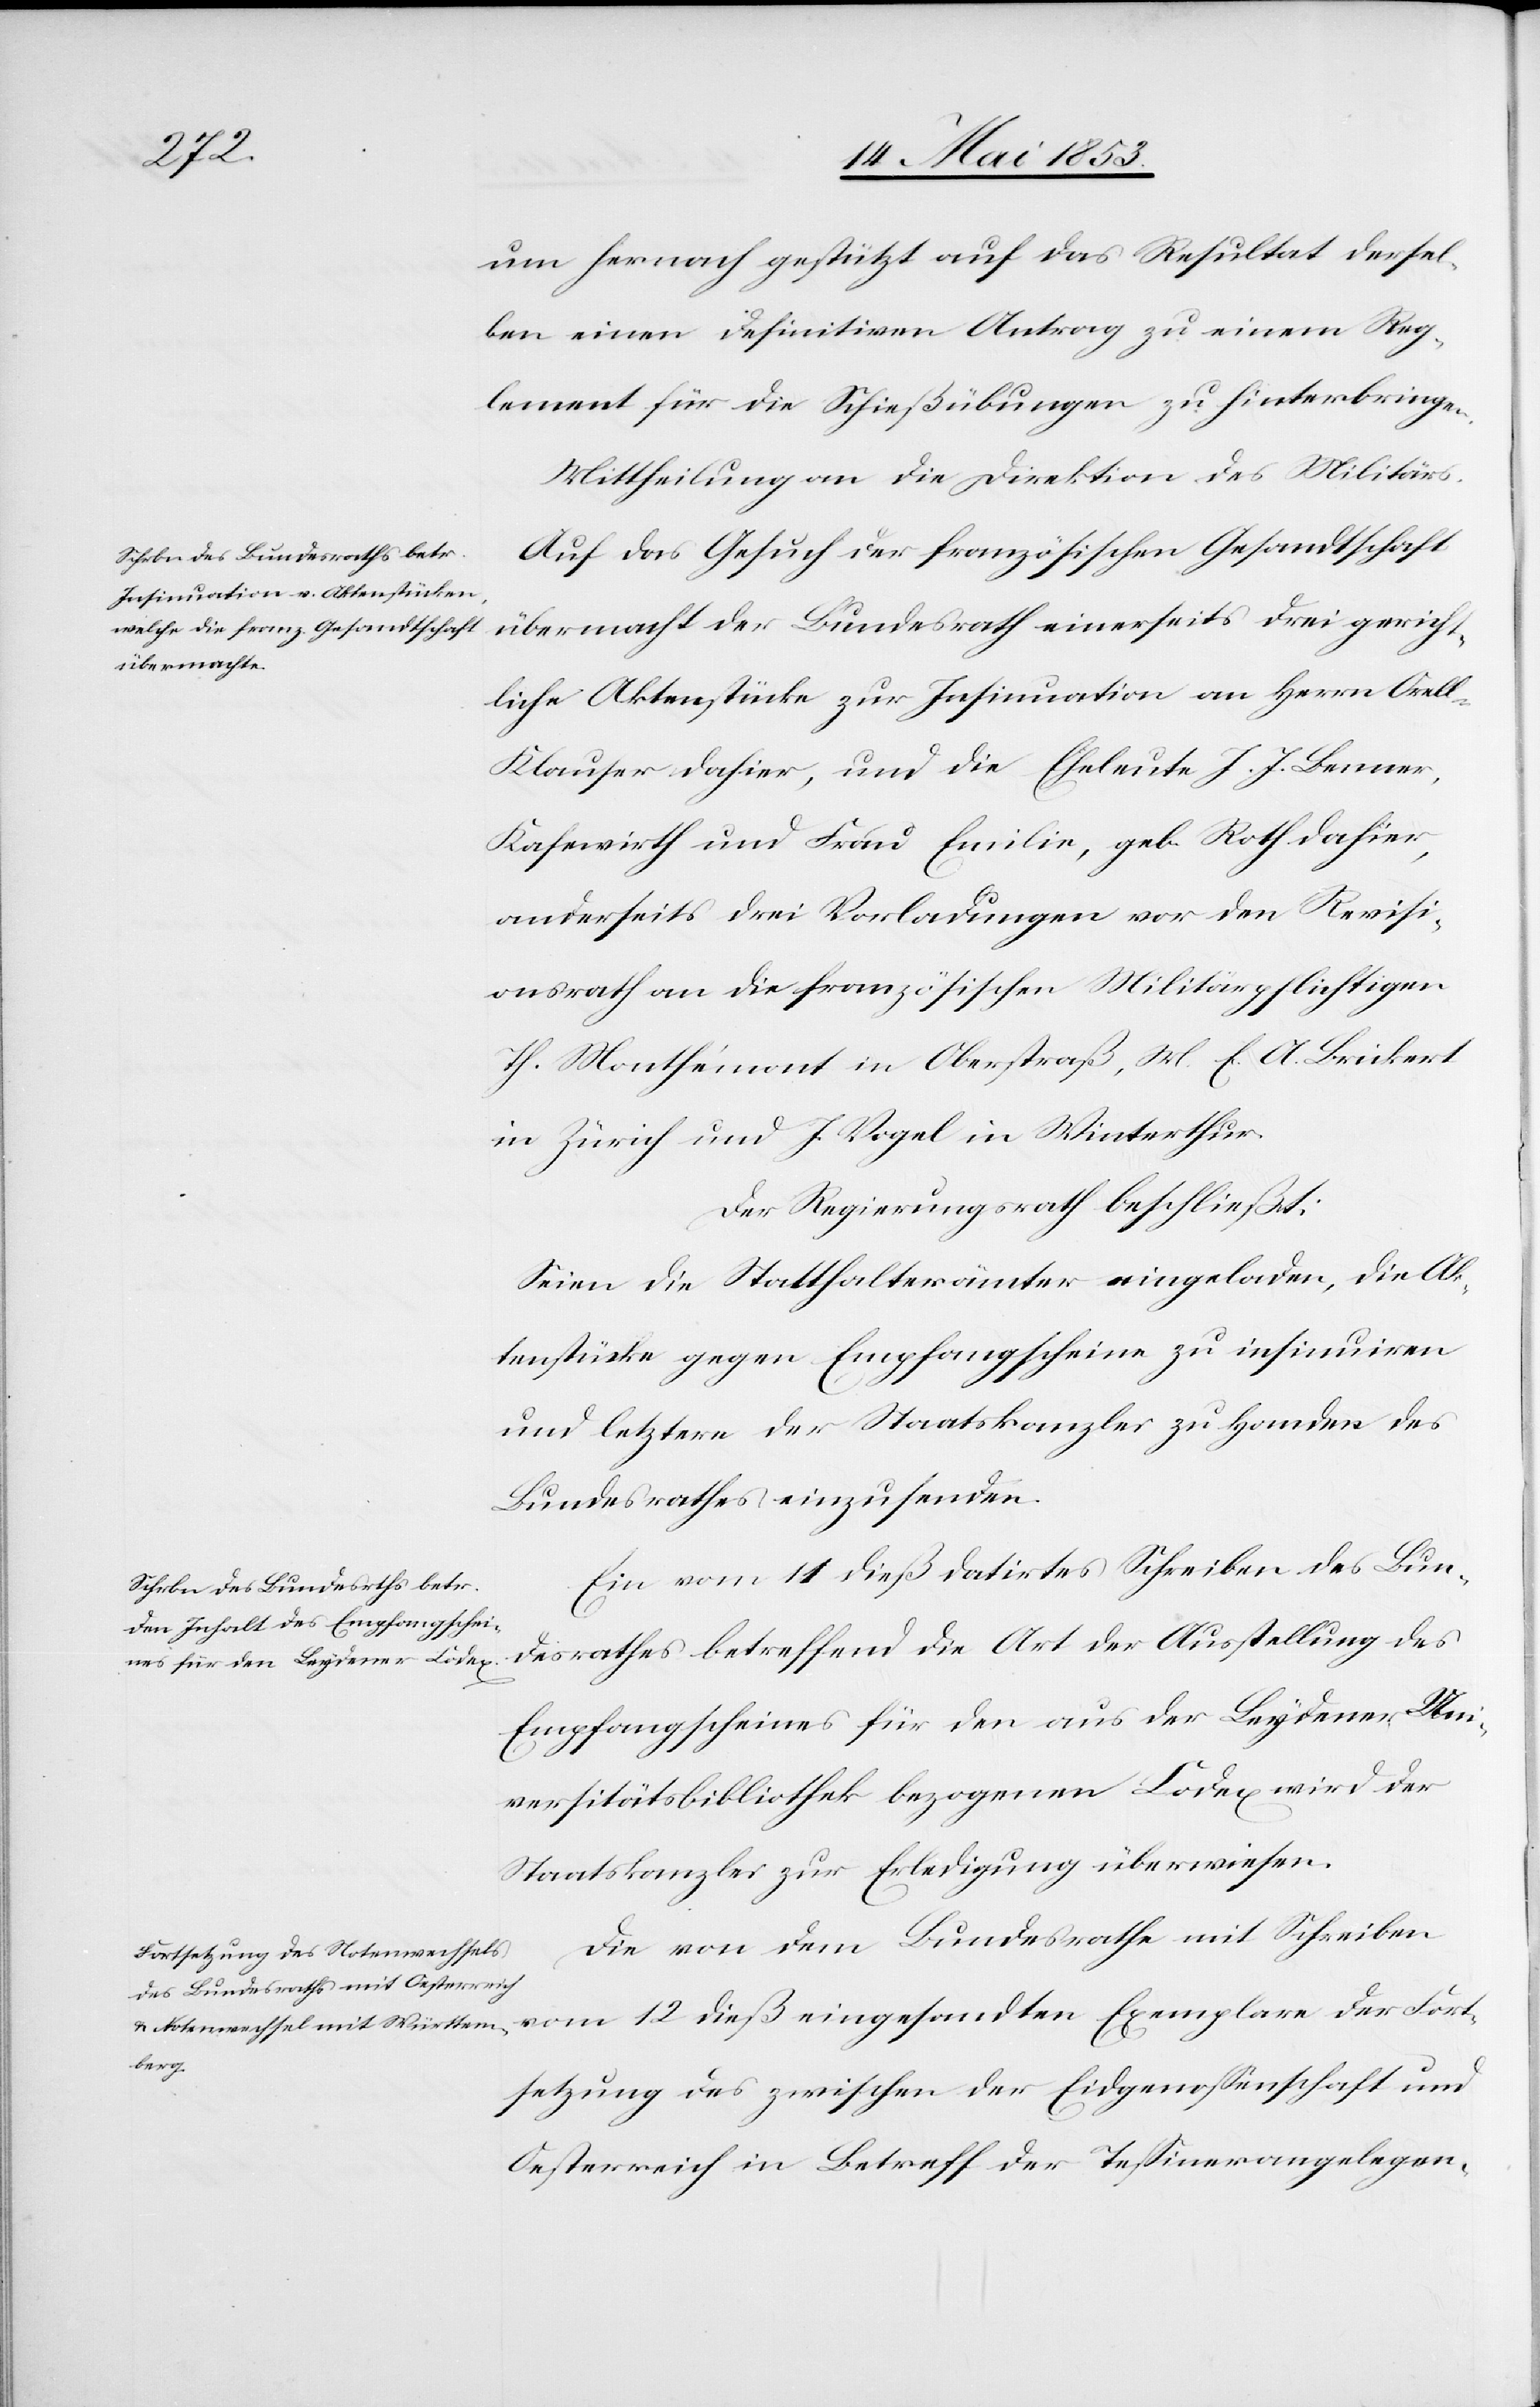
um hernach geschützt auf das Resultat dessel¬
ben einen definitiven Antrag zu einem Reg¬
lement für die Schießübungen zu hinterbringen.
Mittheilung an die Direktion des Militärs.
Auf das Gesuch der französischen Gesandtschaft
übermacht der Bundesrath einerseits drei gericht¬
liche Aktenstücke zur Insinuation an Herrn Orel¬
l-Klauser dahier, und die Eheleute J. J. Benner,
Kafewirth und Frau Emilie, geb. Roth dahier,
anderseits drei Vorladungen vor den Revisi¬
onsrath an die französischen Militärpflichtigen
Th. Monthe’mont in Oberstraß, M. E. A. Brukert
in Zürich und J. Vogel in Winterthur.
Der Regierungsrath beschließt:
Seien die Statthalterämter eingeladen, die Ak¬
tenstücke gegen Empfangsscheine zu insinuiren
und letztere der Staatskanzlei zu Handen des
Bundesrathes einzusenden.
Ein vom 11 dieß datirtes Schreiben des Bun¬
desrathes betreffend die Art der Ausstellung des
Empfangsscheines für den aus der Leydener Uni¬
versitätsbibliothek bezogenen Codex wird der
Staatskanzlei zur Erledigung überwiesen.
Die von dem Bundesrathe mit Schreiben
vom 12 dieß eingesandten Exemplare der Fort¬
setzung des zwischen der Eidgenoßenschaft und
Oesterreich in Betreff der Teßinerangelegen-